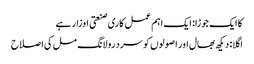
کا ایک جوڑا: ایک اہم عمل کاری صنعتی اوزار ہے
اگلا: دیکھ بھال اور اصولوں کو سرد رولانگ مل کی اصلاح